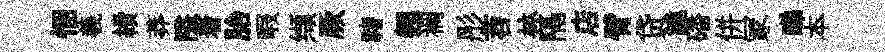
悃羲續莽隘着胎暇缬厥禇翹裯彤苕林隔店臂贷詭磻併冡睇本